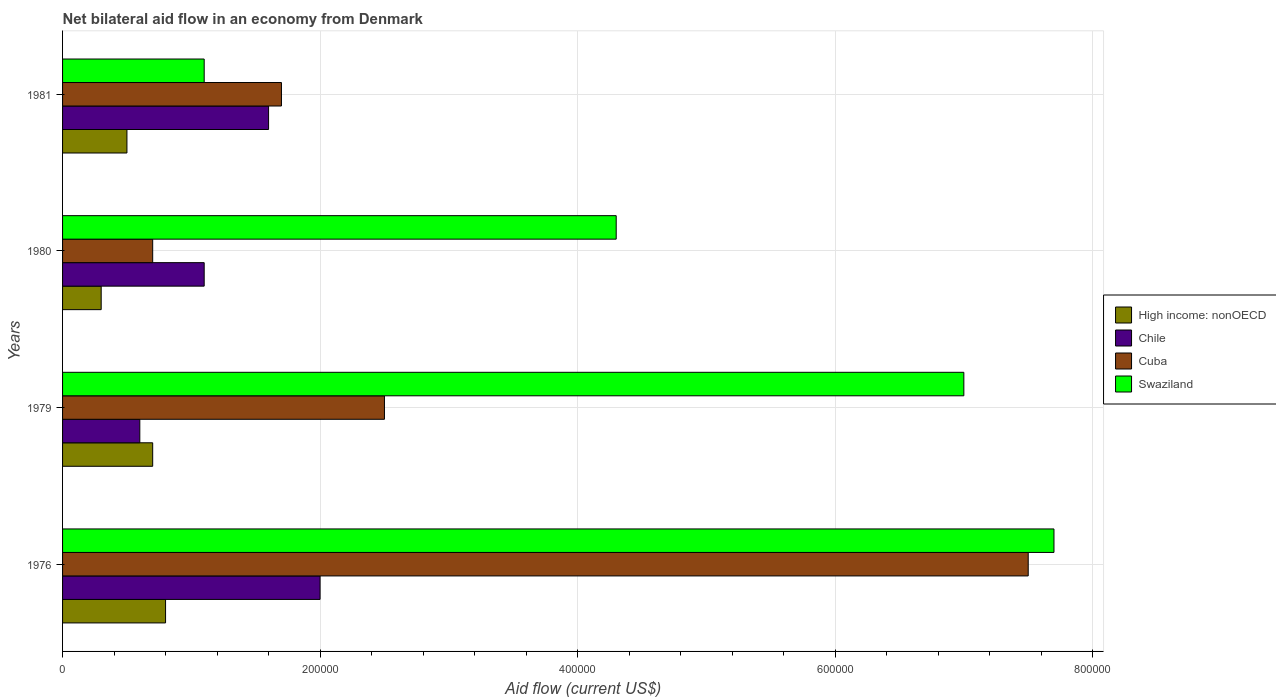
| Years | High income: nonOECD | Chile | Cuba | Swaziland |
 | --- | --- | --- | --- | --- |
 | 1976 | 8e+04 | 2e+05 | 7.5e+05 | 7.7e+05 |
 | 1979 | 7e+04 | 6e+04 | 2.5e+05 | 7e+05 |
 | 1980 | 3e+04 | 1.1e+05 | 7e+04 | 4.3e+05 |
 | 1981 | 5e+04 | 1.6e+05 | 1.7e+05 | 1.1e+05 |